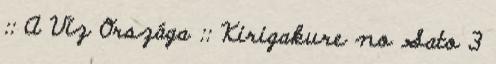
:: A Víz Országa :: Kirigakure no Sato 3